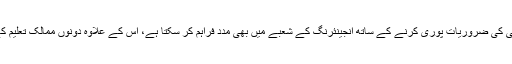
انھوں نے کہا کہ ایران، پاکستان کی توانائی کی ضروریات پوری کرنے کے ساتھ انجینئرنگ کے شعبے میں بھی مدد فراہم کر سکتا ہے، اس کے علاوہ دونوں ممالک تعلیم کے شعبے میں بھی تعاون بڑھا سکتے ہیں۔